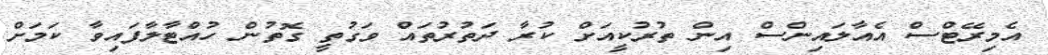
އެމިރޭޓްސް އެއާލައިންސް އިން ތުރުކީއަށް ކުރާ ދަތުރުތައް ވަގުތީ ގޮތުން ހުއްޓާލާފައިވާ ކަމަށް